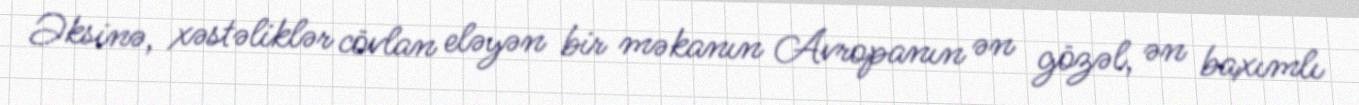
Əksinə, xəstəliklər cövlan eləyən bir məkanın Avropanın ən gözəl, ən baxımlı